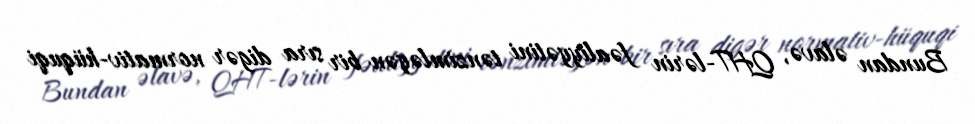
Bundan əlavə, QHT-lərin fəaliyyətini tənzimləyən bir sıra digər normativ-hüquqi